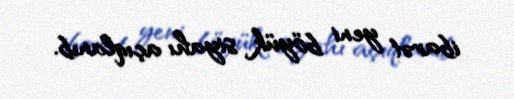
ibarət yeni böyük siyahı açıqlanıb.